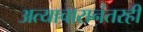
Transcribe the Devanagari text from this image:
अत्याचारानंतरही